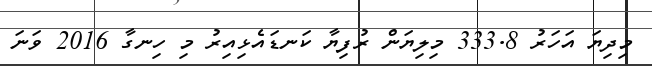
މިދިޔަ އަހަރު 333.8 މިލިޔަން ރުފިޔާ ކަނޑައެޅިއިރު މި ހިނގާ 2016 ވަނަ